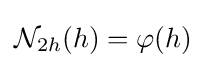
{\mathcal {N}}_{2h}(h)=\varphi (h)